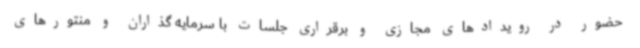
حضور در رویدادهای مجازی و برقراری جلسات با سرمایه گذاران و منتورهای